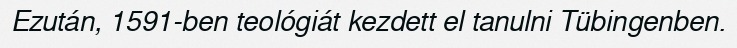
Ezután, 1591-ben teológiát kezdett el tanulni Tübingenben.